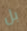
بل